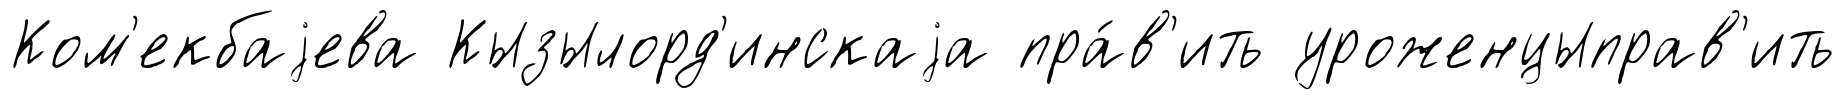
Ком'екбаjева Кызылорд'инскаjа пра́в'ить уроженцыправ'ить